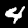
Digit: 4